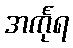
အင်္ကုရ